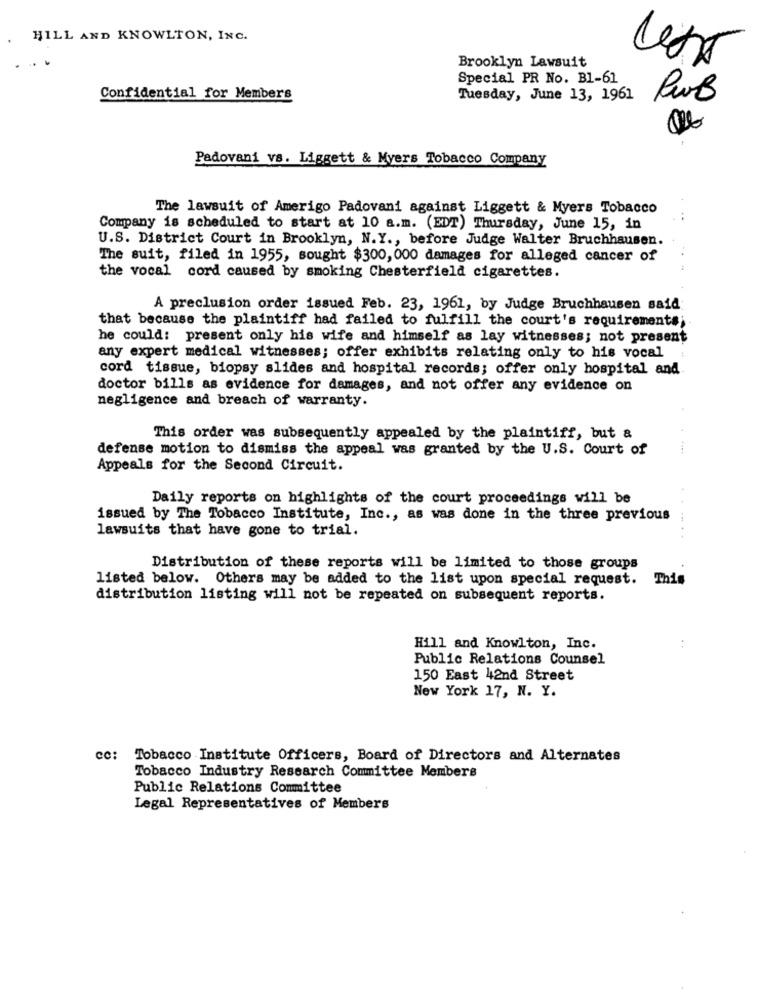
HILL AND KNOWLTON, INC.
Brooklyn Lawsuit
Special PR No. B1-61
Confidential for Members
Tuesday, June 13, 1961
Pub
Padovani vs. Liggett & Myers Tobacco Company
The lawsuit of Amerigo Padovani against Liggett & Myers Tobacco
Company is scheduled to start at 10 a.m. (EDT) Thursday, June 15, in
U.S. District Court in Brooklyn, N.Y ., before Judge Walter Bruchhausen.
The suit, filed in 1955, sought $300, 000 damages for alleged cancer of
the vocal cord caused by smoking Chesterfield cigarettes.
A preclusion order issued Feb. 23, 1961, by Judge Bruchhausen said
that because the plaintiff had failed to fulfill the court's requirements;
he could: present only his wife and himself as lay witnesses; not present
any expert medical witnesses; offer exhibits relating only to his vocal
cord tissue, biopsy slides and hospital records; offer only hospital and
doctor bills as evidence for damages, and not offer any evidence on
negligence and breach of warranty.
This order was subsequently appealed by the plaintiff, but &
defense motion to dismiss the appeal was granted by the U.S. Court of
Appeals for the Second Circuit.
Daily reports on highlights of the court proceedings will be
issued by The Tobacco Institute, Inc ., as was done in the three previous
lawsuits that have gone to trial.
Distribution of these reports will be limited to those groups
listed below. Others may be added to the list upon special request. This
distribution listing will not be repeated on subsequent reports.
Hill and Knowlton, Inc.
Public Relations Counsel
150 East 42nd Street
New York 17, N. Y.
cc:
Tobacco Institute Officers, Board of Directors and Alternates
Tobacco Industry Research Committee Members
Public Relations Committee
Legal Representatives of Members